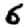
Digit: 6